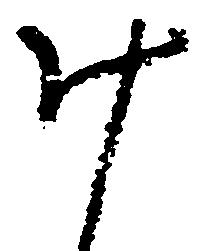
計